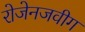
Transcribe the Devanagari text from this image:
रोजेनजवीग